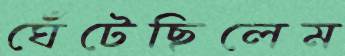
ঘেঁটেছিলেম